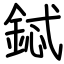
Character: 鋱